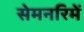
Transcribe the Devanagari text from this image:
सेमनरिमें